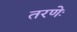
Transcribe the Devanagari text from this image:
तरणेः